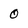
Character: O